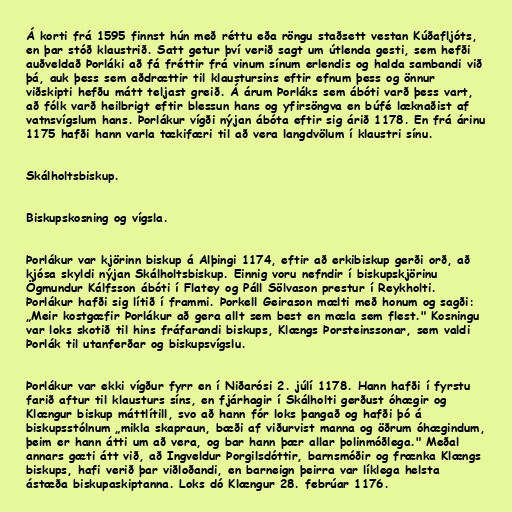
Á korti frá 1595 finnst hún með réttu eða röngu staðsett vestan Kúðafljóts,
en þar stóð klaustrið. Satt getur því verið sagt um útlenda gesti, sem hefði
auðveldað Þorláki að fá fréttir frá vinum sínum erlendis og halda sambandi við
þá, auk þess sem aðdrættir til klaustursins eftir efnum þess og önnur
viðskipti hefðu mátt teljast greið. Á árum Þorláks sem ábóti varð þess vart,
að fólk varð heilbrigt eftir blessun hans og yfirsöngva en búfé læknaðist af
vatnsvígslum hans. Þorlákur vígði nýjan ábóta eftir sig árið 1178. En frá árinu
1175 hafði hann varla tækifæri til að vera langdvölum í klaustri sínu.

Skálholtsbiskup.

Biskupskosning og vígsla.

Þorlákur var kjörinn biskup á Alþingi 1174, eftir að erkibiskup gerði orð, að
kjósa skyldi nýjan Skálholtsbiskup. Einnig voru nefndir í biskupskjörinu
Ögmundur Kálfsson ábóti í Flatey og Páll Sölvason prestur í Reykholti.
Þorlákur hafði sig lítið í frammi. Þorkell Geirason mælti með honum og sagði:
„Meir kostgæfir Þorlákur að gera allt sem best en mæla sem flest." Kosningu
var loks skotið til hins fráfarandi biskups, Klængs Þorsteinssonar, sem valdi
Þorlák til utanferðar og biskupsvígslu.

Þorlákur var ekki vígður fyrr en í Niðarósi 2. júlí 1178. Hann hafði í fyrstu
farið aftur til klausturs síns, en fjárhagir í Skálholti gerðust óhægir og
Klængur biskup máttlítill, svo að hann fór loks þangað og hafði þó á
biskupsstólnum „mikla skapraun, bæði af viðurvist manna og öðrum óhægindum,
þeim er hann átti um að vera, og bar hann þær allar þolinmóðlega." Meðal
annars gæti átt við, að Ingveldur Þorgilsdóttir, barnsmóðir og frænka Klængs
biskups, hafi verið þar viðloðandi, en barneign þeirra var líklega helsta
ástæða biskupaskiptanna. Loks dó Klængur 28. febrúar 1176.